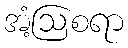
အံ့ဩစရာ